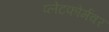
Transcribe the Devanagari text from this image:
प्लेटफोर्मवर